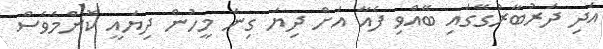
އަދި ދަރުބާރުގޭގައި ބޭއްވި ފެއާ އަށް ދިޔަ ގިނަ މީހުން ދިޔައީ ކޮންމެވެސް